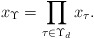
\begin{align*}x_\Upsilon=\prod_{\tau \in \Upsilon_d}x_\tau.\end{align*}